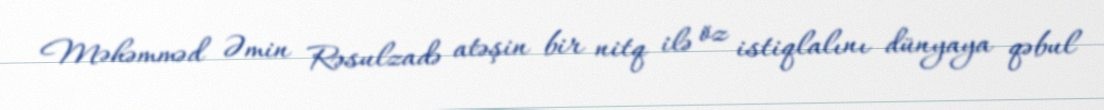
Məhəmməd Əmin Rəsulzadə atəşin bir nitq ilə öz istiqlalını dünyaya qəbul